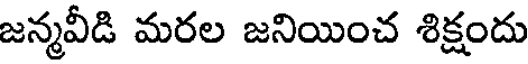
జన్మవీడి మరల జనియించ శిక్షందు